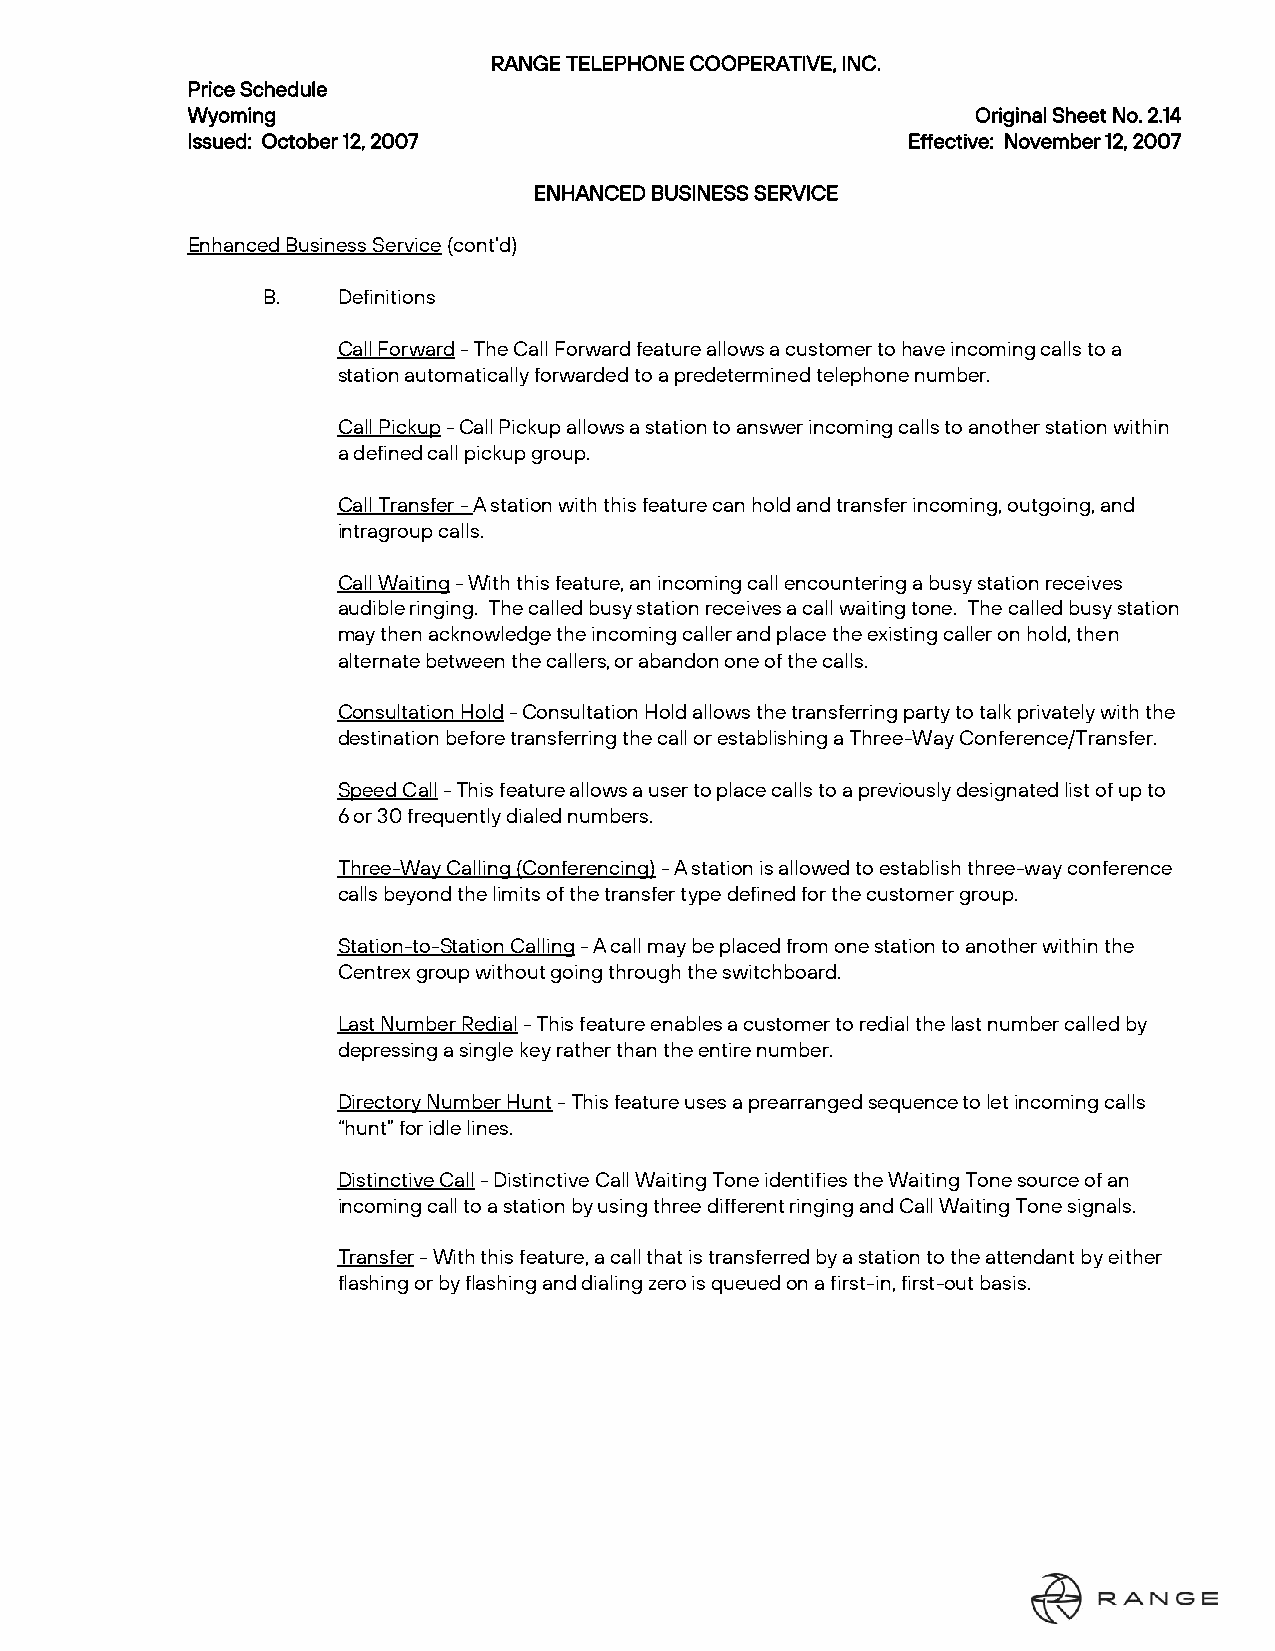
RANGE TELEPHONE COOPERATIVE, INC.
 Price Schedule
 Wyoming                                              Original Sheet No. 2.14
 Issued: October 12, 2007                        Effective: November 12, 2007
 ENHANCED BUSINESS SERVICE
 Enhanced Business Service (cont’d)
 B.   Definitions
 Call Forward - The Call Forward feature allows a customer to have incoming calls to a
 station automatically forwarded to a predetermined telephone number.
 Call Pickup - Call Pickup allows a station to answer incoming calls to another station within
 a defined call pickup group.
 Call Transfer - A station with this feature can hold and transfer incoming, outgoing, and
 intragroup calls.
 Call Waiting - With this feature, an incoming call encountering a busy station receives
 audible ringing. The called busy station receives a call waiting tone. The called busy station
 may then acknowledge the incoming caller and place the existing caller on hold, then
 alternate between the callers, or abandon one of the calls.
 Consultation Hold - Consultation Hold allows the transferring party to talk privately with the
 destination before transferring the call or establishing a Three-Way Conference/Transfer.
 Speed Call - This feature allows a user to place calls to a previously designated list of up to
 6 or 30 frequently dialed numbers.
 Three-Way Calling (Conferencing) - A station is allowed to establish three-way conference
 calls beyond the limits of the transfer type defined for the customer group.
 Station-to-Station Calling - A call may be placed from one station to another within the
 Centrex group without going through the switchboard.
 Last Number Redial - This feature enables a customer to redial the last number called by
 depressing a single key rather than the entire number.
 Directory Number Hunt - This feature uses a prearranged sequence to let incoming calls
 “hunt” for idle lines.
 Distinctive Call - Distinctive Call Waiting Tone identifies the Waiting Tone source of an
 incoming call to a station by using three different ringing and Call Waiting Tone signals.
 Transfer - With this feature, a call that is transferred by a station to the attendant by either
 flashing or by flashing and dialing zero is queued on a first-in, first-out basis.